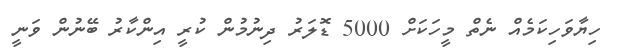
ހިޔާވަހިކަމެއް ނެތް މީހަކަށް 5000 ޑޮލަރު ދިނުމުން ކުރީ އިންކާރު ބޭނުން ވަނީ